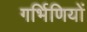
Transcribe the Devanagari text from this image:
गर्भिणियों